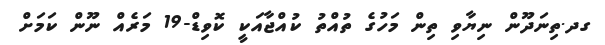
ގދ.ތިނަދޫން ނިޔާވި ތިން މަހުގެ ތުއްތު ކުއްޖާއަކީ ކޮވިޑް-19 މަރެއް ނޫން ކަމަށް